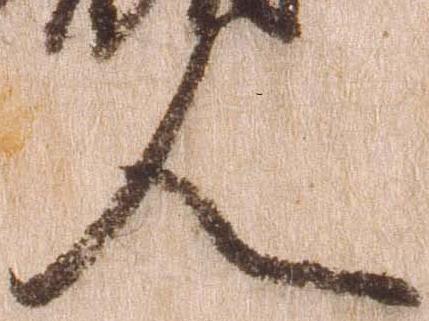
人